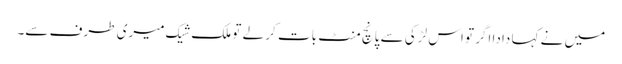
میں نے کہا دادا اگر تو اس لڑکی سے پانچ منٹ بات کر لے تو ملک شیک میری طرف سے۔